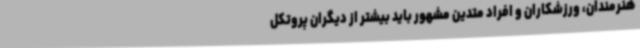
هنرمندان، ورزشکاران و افراد متدین مشهور باید بیشتر از دیگران پروتکل